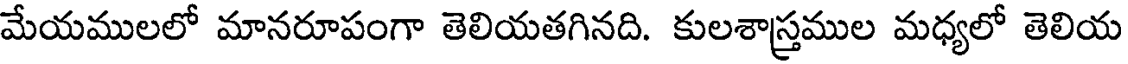
మేయములలో మానరూపంగా తెలియతగినది. కులశాస్తముల మధ్యలో తెలియ